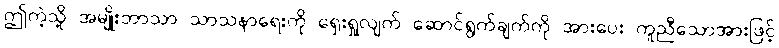
ဤကဲ့သို့ အမျိုးဘာသာ သာသနာရေးကို ရှေးရှုလျက် ဆောင်ရွက်ချက်ကို အားပေး ကူညီသောအားဖြင့်